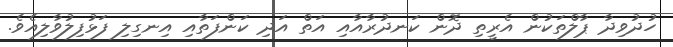
ހުދުވިދާ ޕާލްތަކުން އެރީތި ދޮން ކަނދުރާއާއި އަތް އަދި ކަންފަތާއި އިނގިލި ފަޅުފިލުވާލިއެވެ.